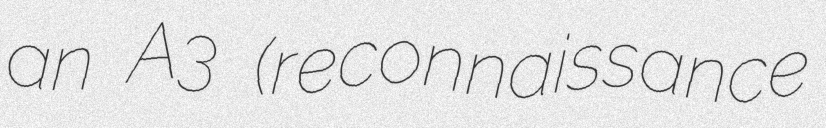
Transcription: an A3 (reconnaissance